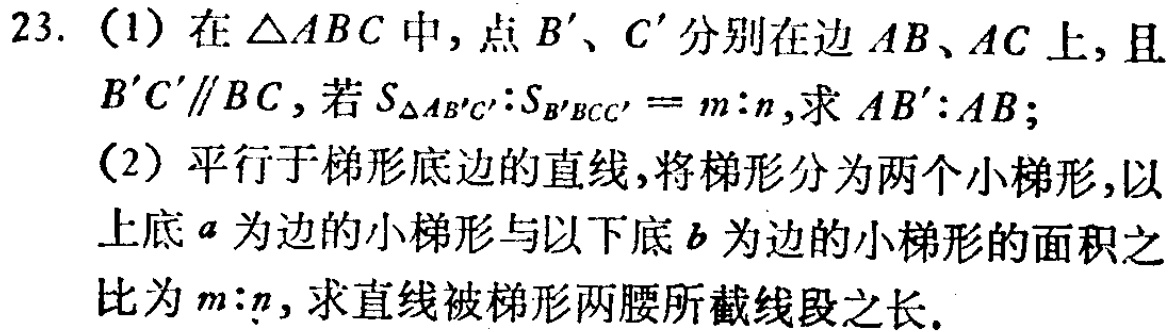
23. (1) 在\(\triangle ABC\)中，点\(B'\)、\(C'\)分别在边\(AB\)、\(AC\)上，且\(B'C'\parallel BC\)，若\(S_{\triangle AB'C'}:S_{B'BCC'}=m:n\)，求\(AB':AB\)；
(2) 平行于梯形底边的直线，将梯形分为两个小梯形，以上底\(a\)为边的小梯形与以下底\(b\)为边的小梯形的面积之比为\(m:n\)，求直线被梯形两腰所截线段之长。